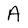
Character: A